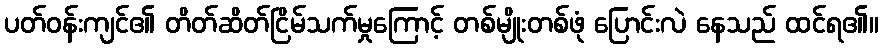
ပတ်ဝန်းကျင်၏ တိတ်ဆိတ်ငြိမ်သက်မှုကြောင့် တစ်မျိုးတစ်ဖုံ ပြောင်းလဲ နေသည် ထင်ရ၏။